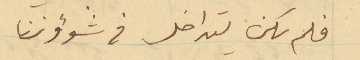
فلم يكن يتداخل في شؤوننا